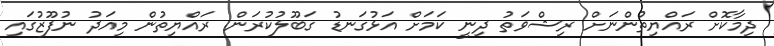
ދިމާކޮށް ރައްޔިތުންނަށް ރިޝްވަތު ދިނީ ކަމަށް އަޅުގަނޑު ގަބޫލުކުރަން. ރައްޔިތުން މިއަދު ނުފޫޒުގައި